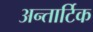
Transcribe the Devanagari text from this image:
अन्तार्टिक